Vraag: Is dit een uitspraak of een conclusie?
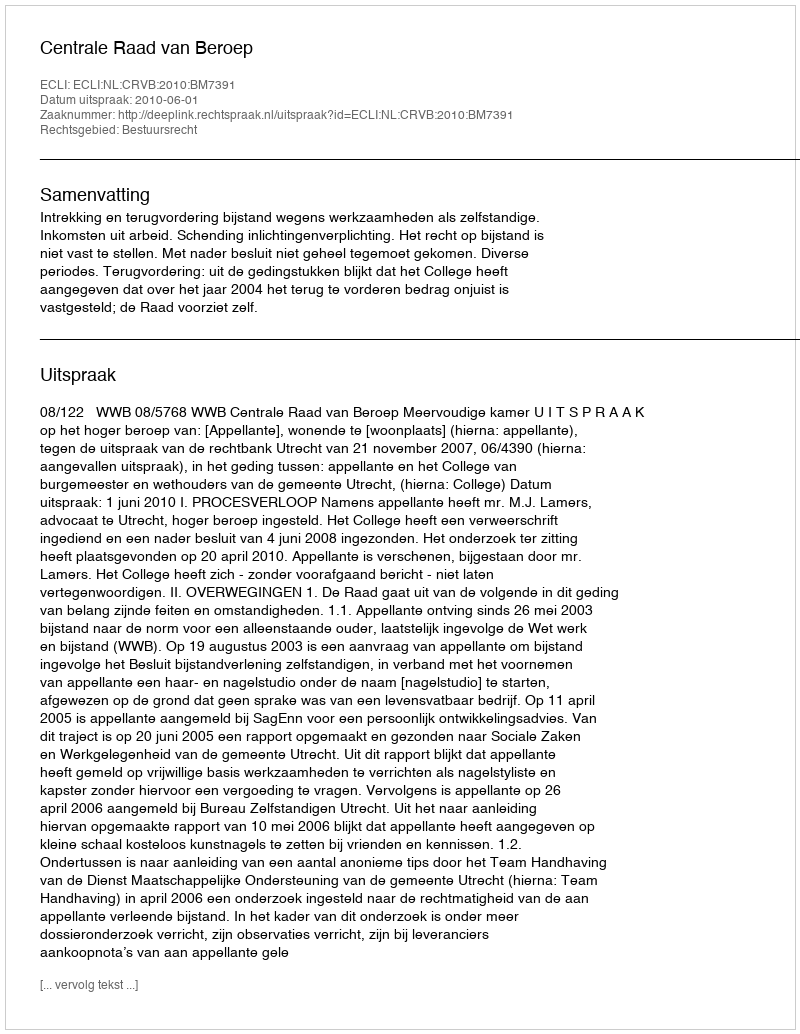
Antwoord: Uitspraak